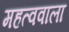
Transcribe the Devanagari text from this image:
महत्ववाला